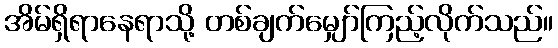
အိမ်ရှိရာနေရာသို့ တစ်ချက်မျှော်ကြည့်လိုက်သည်။